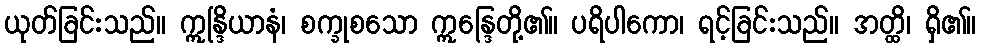
ယုတ်ခြင်းသည်။ ဣန္ဒြိယာနံ၊ စက္ခုစသော ဣန္ဒြေတို့၏။ ပရိပါကော၊ ရင့်ခြင်းသည်။ အတ္ထိ၊ ရှိ၏။